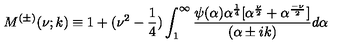
M ^ { ( \pm ) } ( \nu ; k ) \equiv 1 + ( \nu ^ { 2 } - \frac { 1 } { 4 } ) \int _ { 1 } ^ { \infty } \frac { \psi ( \alpha ) \alpha ^ { \frac { 1 } { 4 } } [ \alpha ^ { \frac { \nu } { 2 } } + \alpha ^ { \frac { - \nu } { 2 } } ] } { ( \alpha \pm i k ) } d \alpha